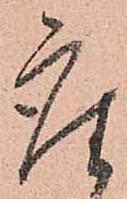
座